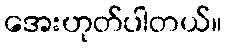
အေးဟုတ်ပါတယ်။